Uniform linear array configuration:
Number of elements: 4
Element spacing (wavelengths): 0.5
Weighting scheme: cosine
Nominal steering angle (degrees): -30
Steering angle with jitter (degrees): -30.734
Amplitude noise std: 0.05
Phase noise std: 0.05

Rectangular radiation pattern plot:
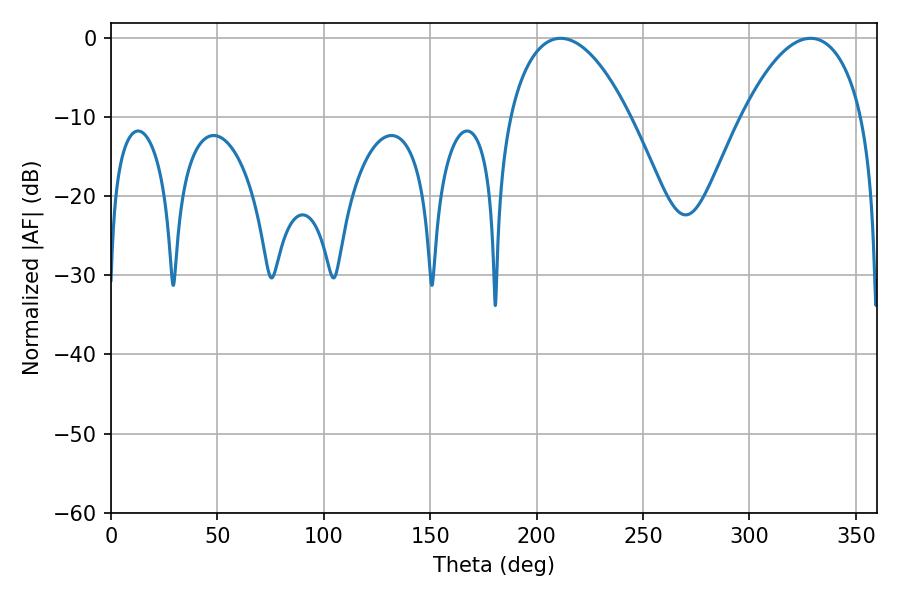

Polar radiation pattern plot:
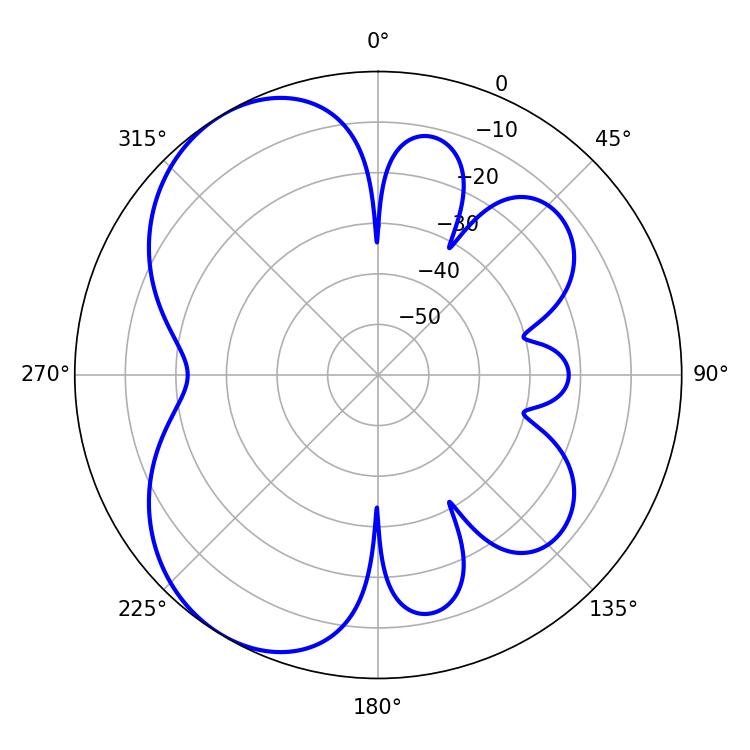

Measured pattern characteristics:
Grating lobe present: FALSE
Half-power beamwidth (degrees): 31.68
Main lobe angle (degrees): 211.32